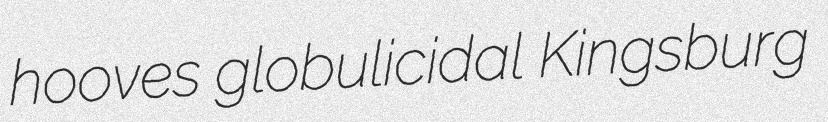
hooves globulicidal Kingsburg